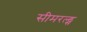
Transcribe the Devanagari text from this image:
सीमरल्ड्स